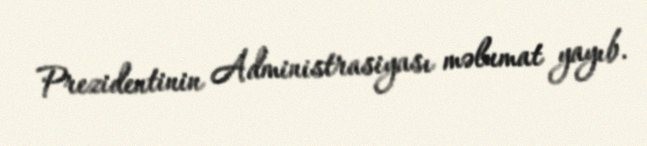
Prezidentinin Administrasiyası məlumat yayıb.